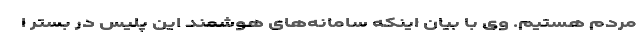
مردم هستیم. وی با بیان اینکه سامانه‌های هوشمند این پلیس در بستر ا